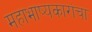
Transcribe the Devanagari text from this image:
महाभाष्यकारांचा